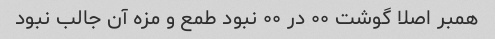
همبر اصلا گوشت ٠٠ در ٠٠ نبود طمع و مزه آن جالب نبود